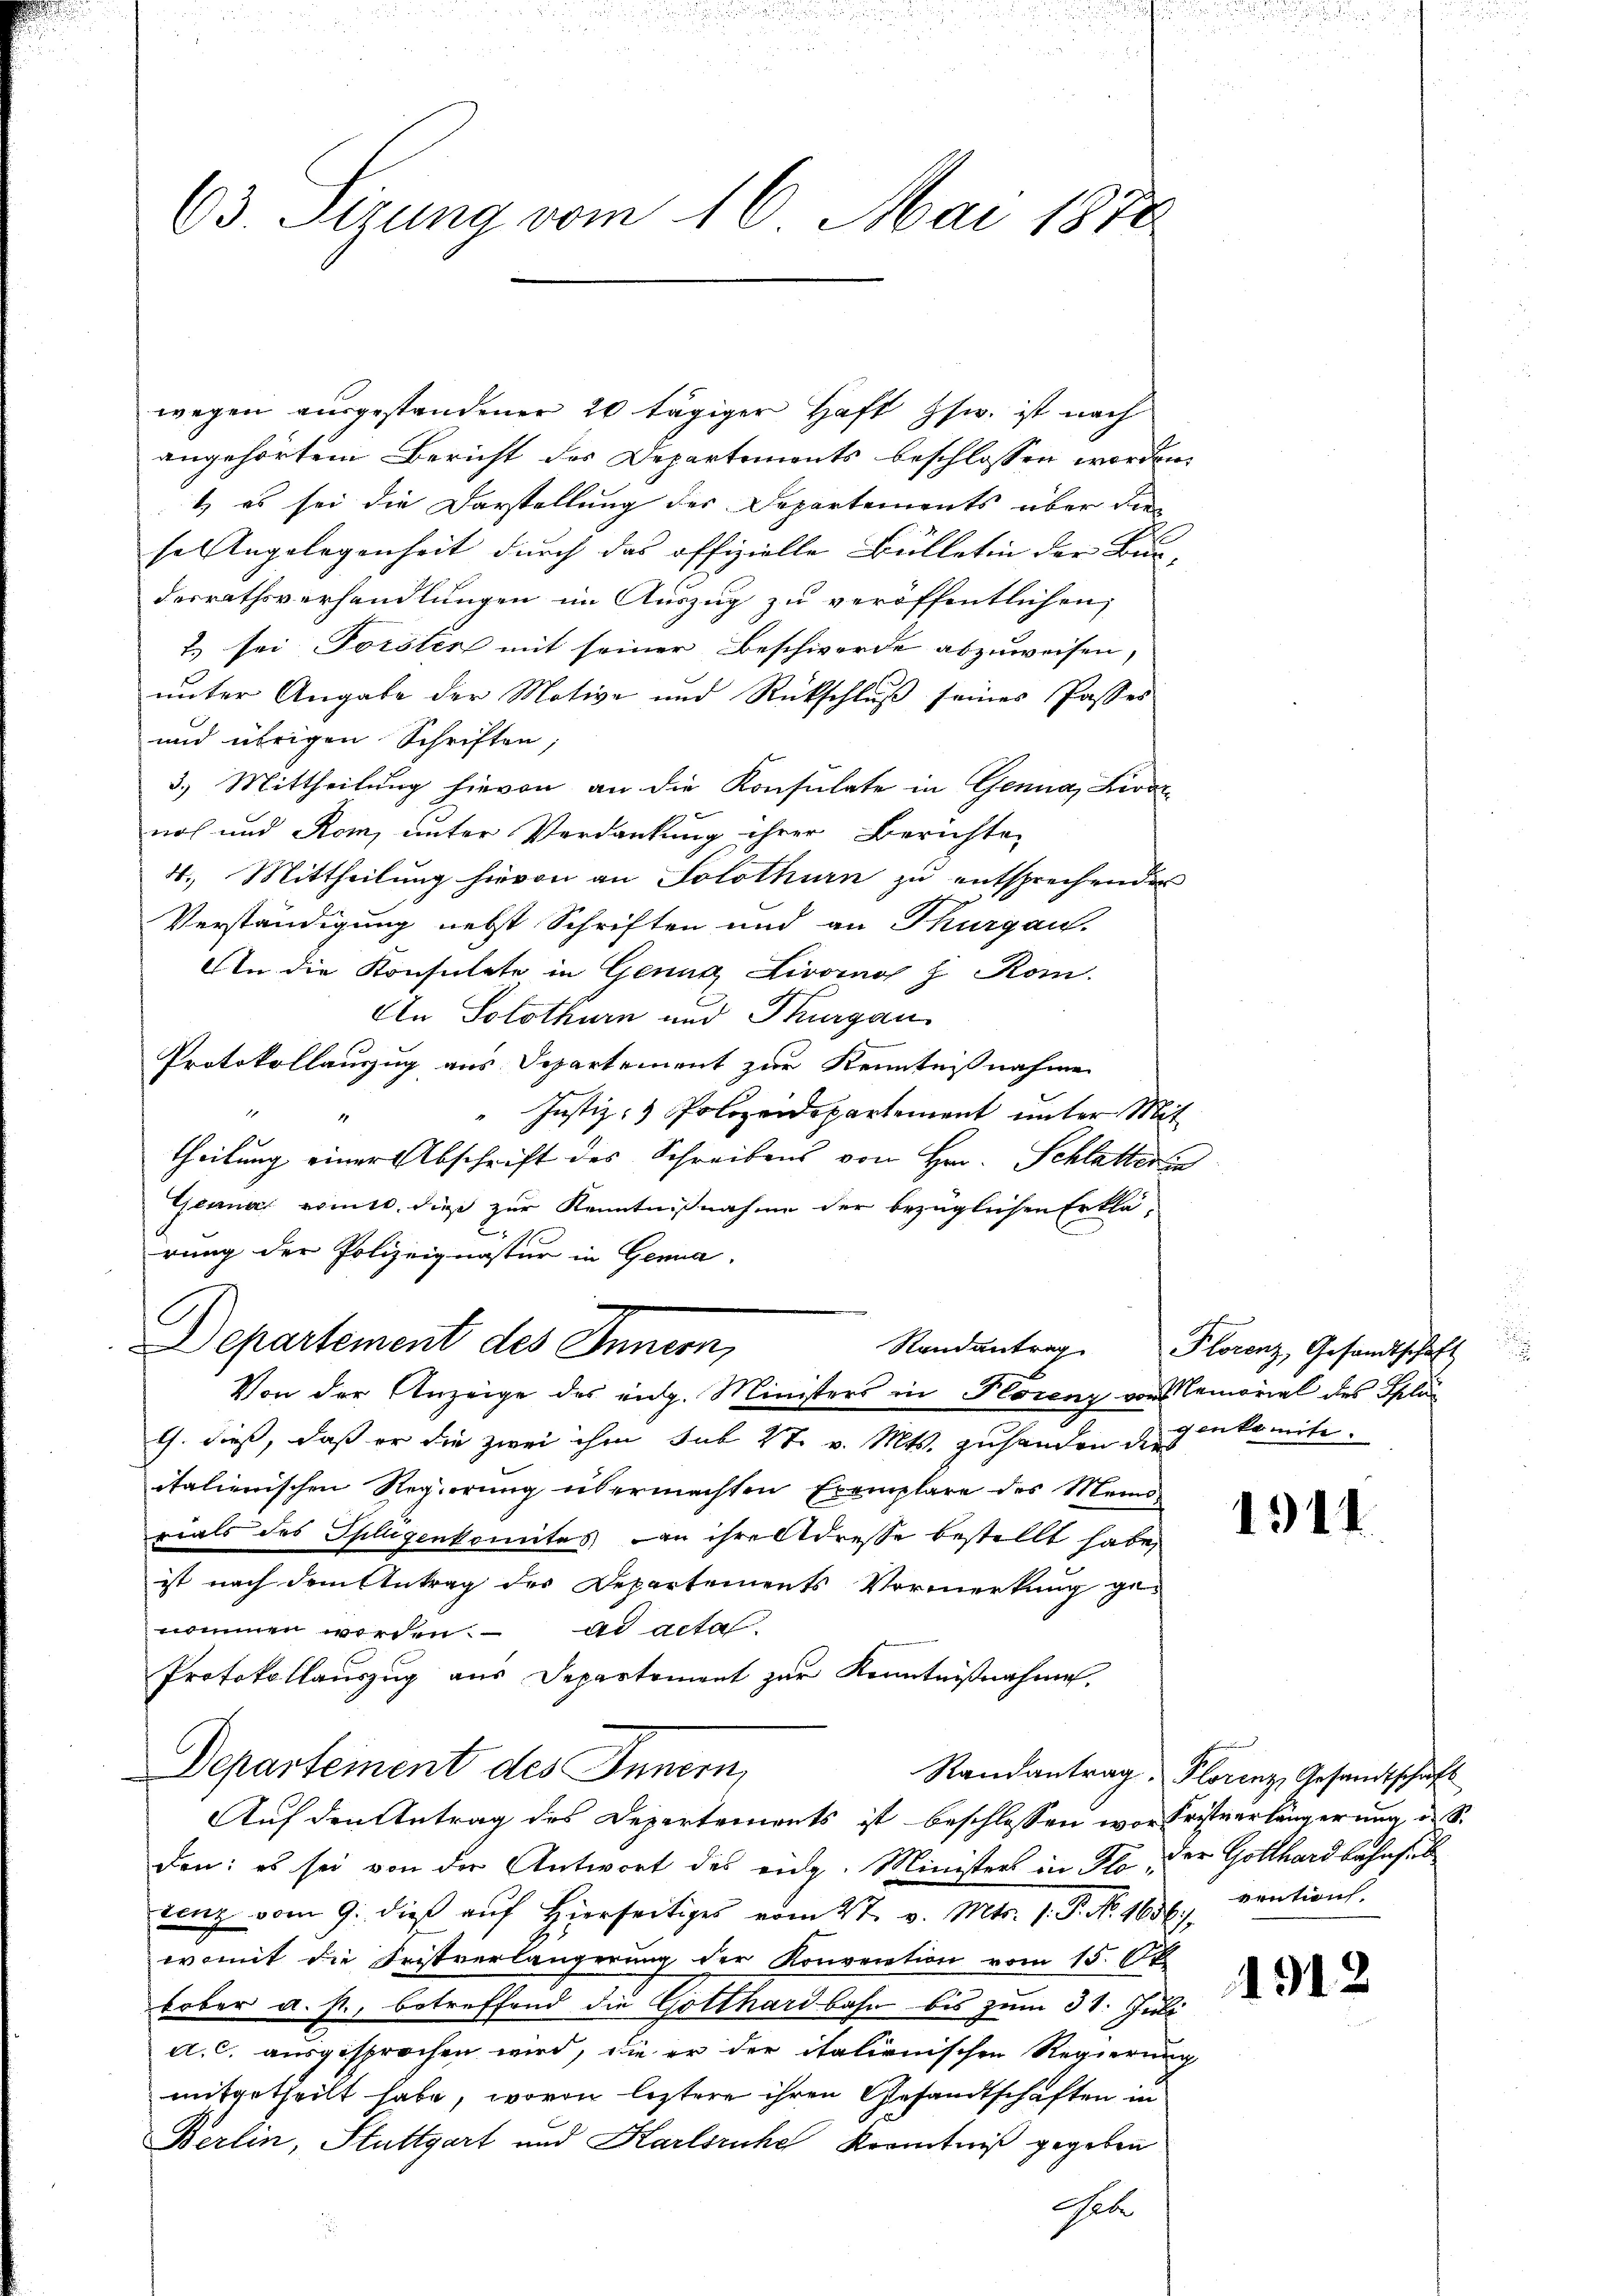
63. Sirung vom 16. Mai 1872

wegen ausgestandener 20 tägiger Haft zw. ist nach
angehörtem Bericht des Departements beschlossen worden.
1) es sei die Darstellung des Departements über die
selingelegenheit durch das offizielle Bülletin der Bun-
desrathsverhandlungen im Auszug zu veröffentlichen,
t sei Forster mit seiner Beschwerde abzuweisen,
unter Angabe der Motive und Rückschluß seines Passes
und übrigen Schriften;
3.) Mittheilung hievon an die Konsulate in Genua, Livor
noch und Rom, unter Verdankung ihrer Berichten
4.) Mittheilung hievon an Solothurn zu entsprechenden
Verständigung nebst Schriften und an Thurgau.
An die Konsulate in Genug Livorno J. Kom-
An Solothurn und Thurgau
Protokollauszug aus Departement zur Kenntnißnahme
" Justiz- & Polizeidepartement unter Mit
4
theilung einer Abschrift des Schreibens von Hrn. Schlatterin
Gennas romtt. dieß zur Kenntnißnahme der bezüglichen Erklä¬
.
rung der Polizeignatur in Gena
C
Departement des Innern,
Von der Anzeige des eidg. Ministers in Florenz von Remorial des Splüg
G. dieß, daß er die zwei ihm sub 27. v. Mts. zu handen der ankomite.
italienischen Regierung übermachten Exemplare des Memo-
rials des Splügenkomites an ihre Adresse bestellt habe,
ist nach dem Antrag des Departements Vormerkung ge-
nommen worden. ad acta
Protokollauszug aus Departement zur Kenntnißnahme.
Departement des Innern,
Auf den Antrag des Departements ist beschlossen war Fristverlängerung d. S.
den: es sei von der Antwort des eidg. Ministers in Flo, der Gotthardbahnsit
cenz vom 9. dieß auf hierseitiges vom 27. v. Mts. 1. P. Nr. 1636).
womit die Fristverlängerung der Konvernation vom 15. Ok
tober a. p., betreffend die Gotthardbahn bis zum 31. Juli
a. c. ausgesprochen wird, die er der italienischen Regierung
mitgetheilt habe, wovon leztere ihren Gesandtschaften in
Berlin, Stuttgart und Karlsruhe Kenntniß gegeben
Ich

Randantrag. Plorenz, Gesandtschaft

n

1911

Randantrag. Florenz, Gesandtschaft
vention.

1912